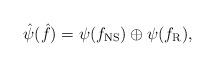
LaTeX: \begin{align*}\hat{\psi}(\hat{f}) = \psi(f_{\rm NS}) \oplus \psi(f_{\rm R}),\end{align*}